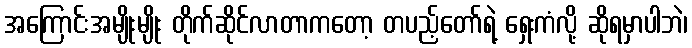
အကြောင်းအမျိုးမျိုး တိုက်ဆိုင်လာတာကတော့ တပည့်တော်ရဲ့ ရှေးကံလို့ ဆိုရမှာပါဘဲ၊